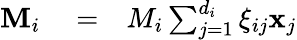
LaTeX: \begin{array}{rlr}{{\mathbf M}_{i}}&{{}=}&{M_{i}\sum_{j=1}^{d_{i}}\xi_{ij}{\mathbf x}_{j}}\end{array}